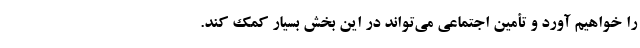
را خواهیم آورد و تأمین اجتماعی می‌تواند در این بخش بسیار کمک کند.